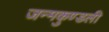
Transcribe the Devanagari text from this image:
जन्‍मकुण्‍डली